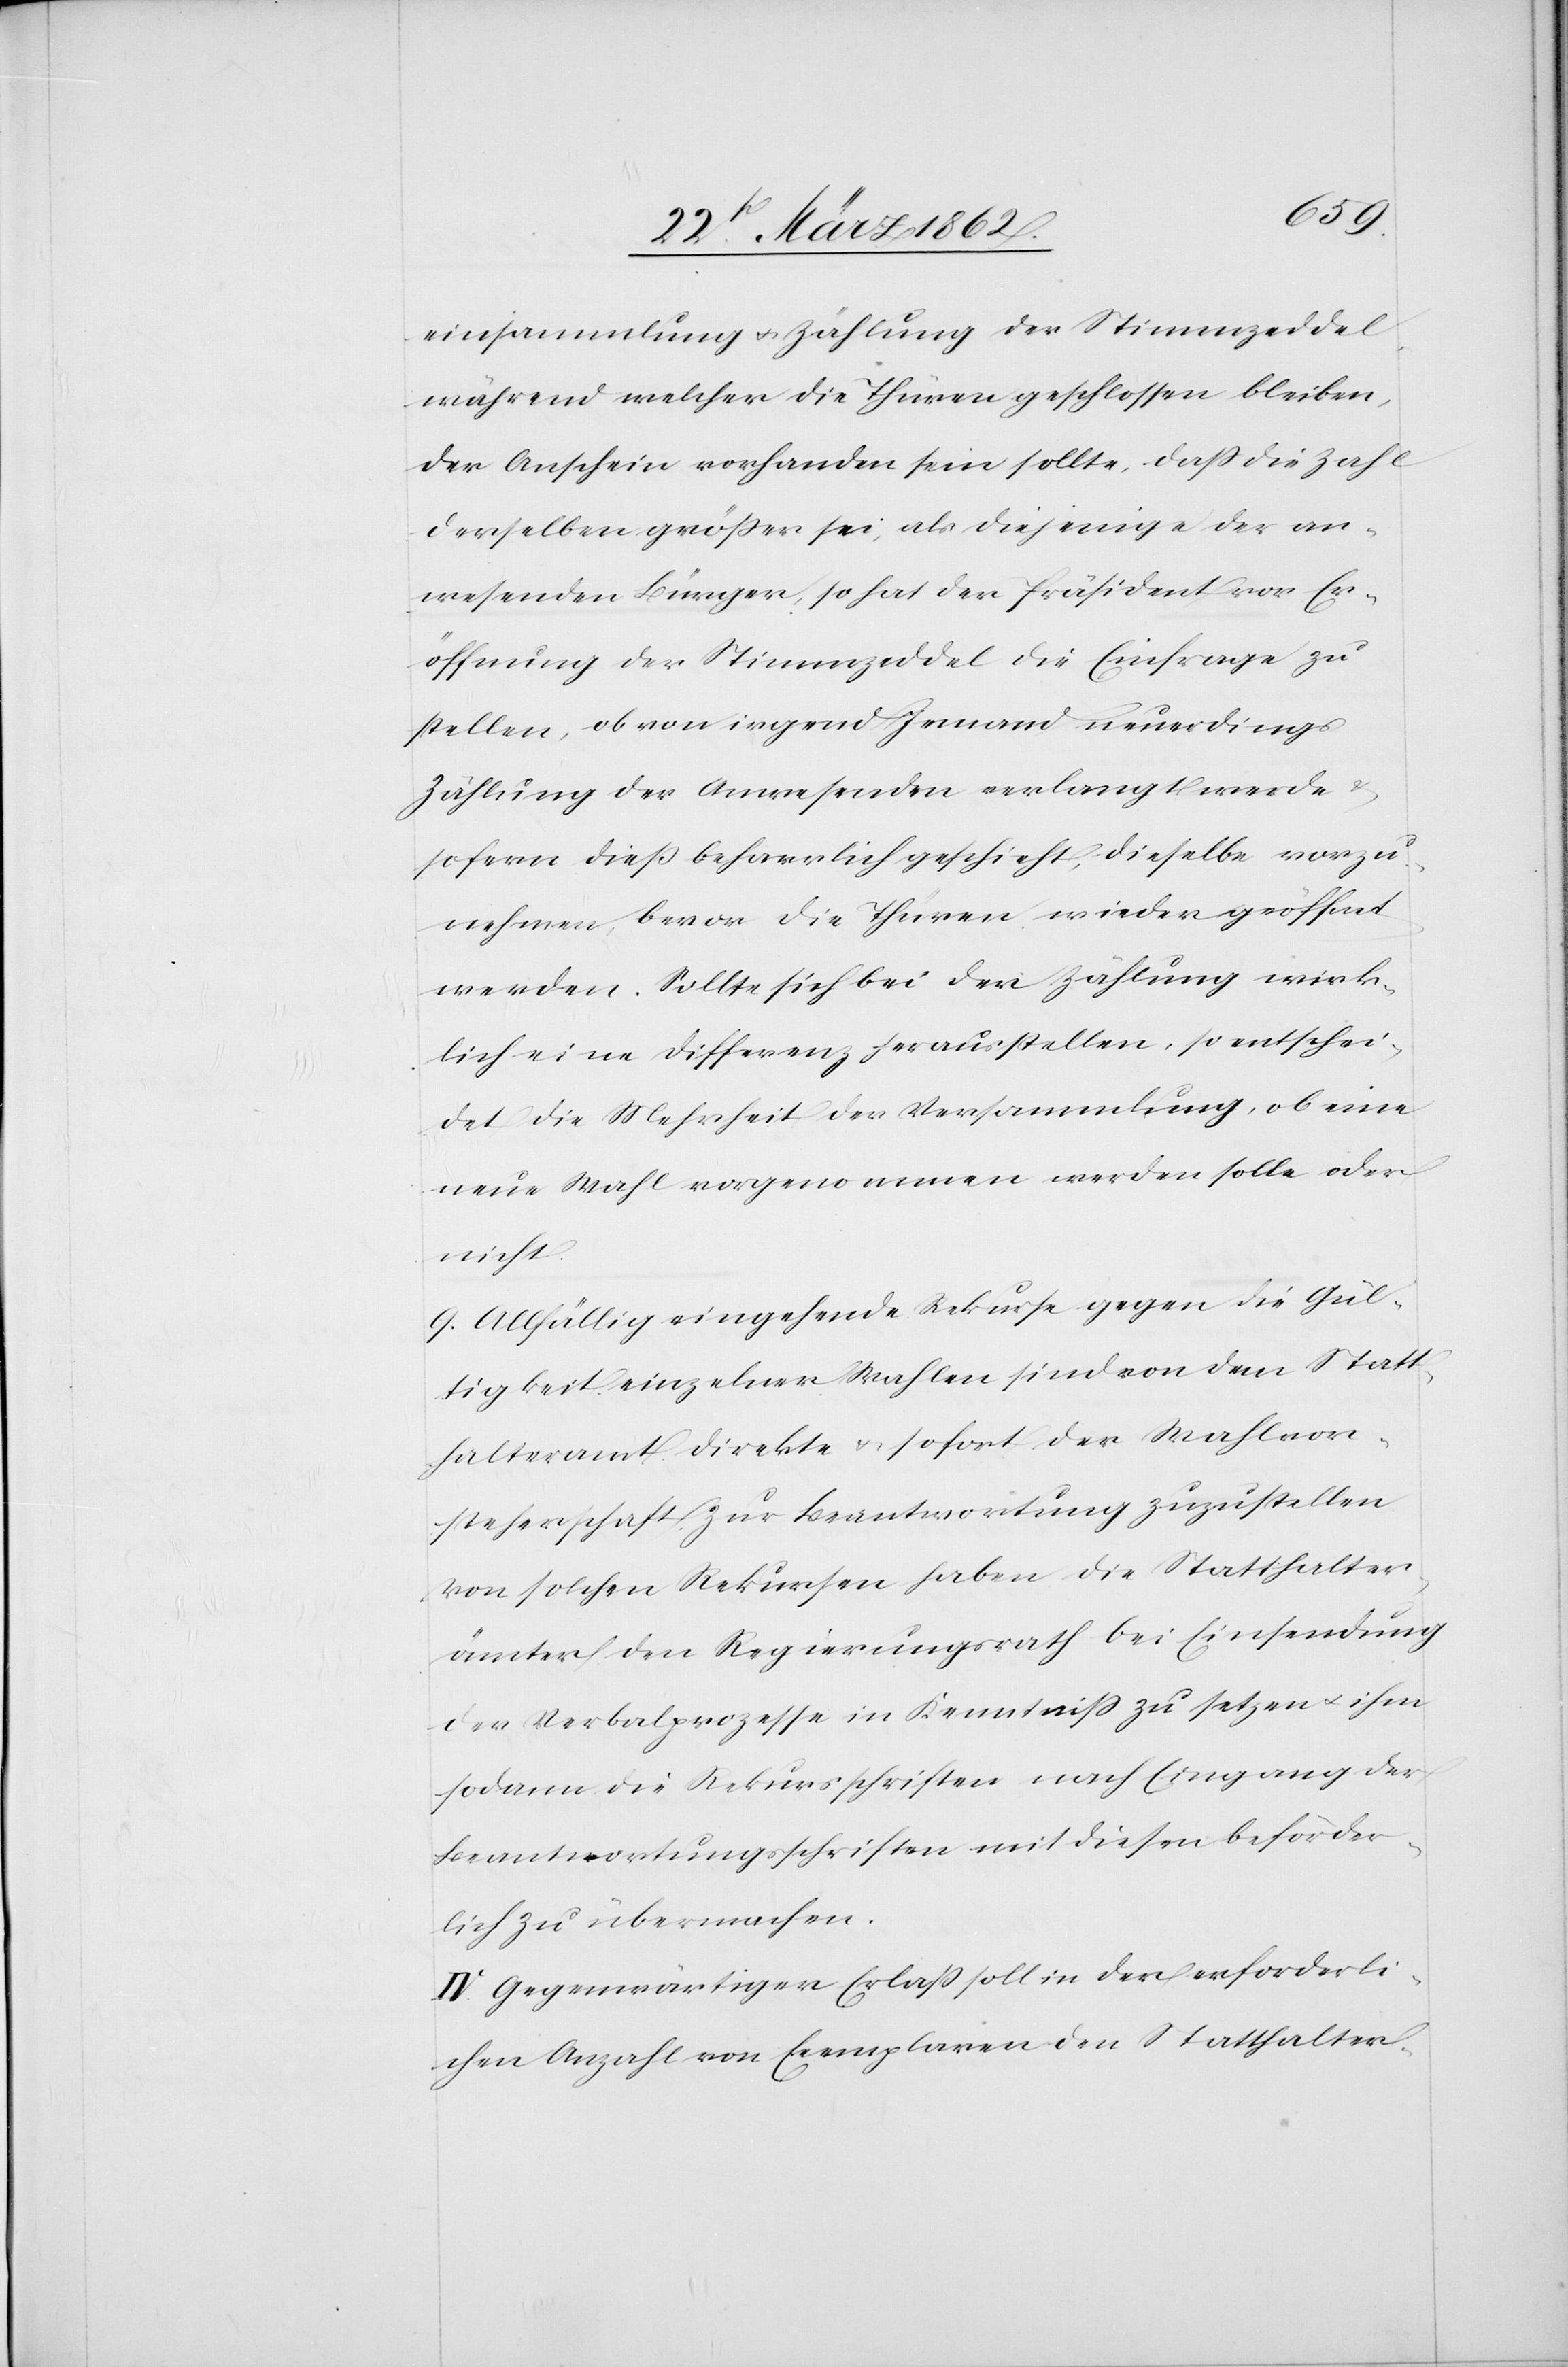
einsammlung u. Zählung der Stimmzeddel,
während welcher die Thüren geschlossen bleiben,
der Anschein vorhanden sein sollte, daß die Zahl
derselben größer sei, als diejenige der an¬
wesenden Bürger, so hat der Präsident vor Er¬
öffnung der Stimmzeddel die Einfrage zu
stellen, ob von irgend jemand neuerdings
Zählung der Anwesenden verlangt werde &
sofern dieß beharrlich geschieht, dieselbe vorzu¬
nehmen, bevor die Thüren wieder geöffnet
werden. Sollte sich bei der Zählung wirk¬
lich eine Differenz herausstellen, so entschei¬
det die Mehrheit der Versammlung, ob eine
neue Wahl vorgenommen werden solle oder
nicht.
9) Allfällig eingehende Rekurse gegen die Gül¬
tigkeit einzelner Wahlen sind von dem Statt¬
halteramt direkte u. sofort der Wahlvor¬
steherschaft zur Beantwortung zuzustellen.
Von solchen Rekursen haben die Statthalter¬
ämter den Regierungsrath bei Einsendung
der Verbalprozesse in Kenntniß zu setzen u. ihm
sodann die Rekursschriften nach Eingang der
Beantwortungsschriften mit diesen beförder¬
lich zu übermachen.
IV. Gegenwärtiger Erlaß soll in der erforderli¬
chen Anzahl von Exemplaren den Statthalter-